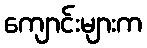
ကျောင်းများက